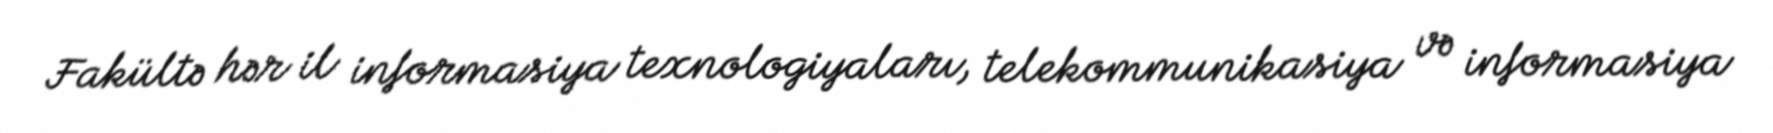
Fakültə hər il informasiya texnologiyaları, telekommunikasiya və informasiya